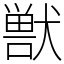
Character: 獣